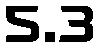
5.3